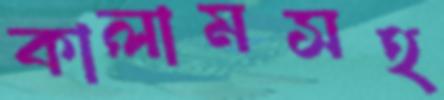
কালামসহ